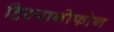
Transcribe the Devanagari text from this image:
हिस्पानोफोन